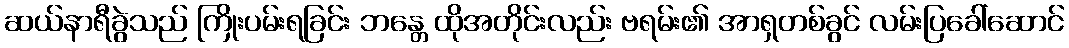
ဆယ်နာရီခွဲသည် ကြိုးပမ်းရခြင်း ဘန္တေ ထိုအတိုင်းလည်း ဗရမ်း၏ အာရှတစ်ခွင် လမ်းပြခေါ်ဆောင်